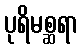
ပုရိမစ္ဆရာ